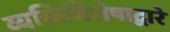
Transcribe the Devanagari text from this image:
व्यक्तिविशेषाद्वारे